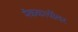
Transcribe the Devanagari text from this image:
मॅककार्थीवर